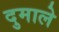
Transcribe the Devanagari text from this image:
दुमाले